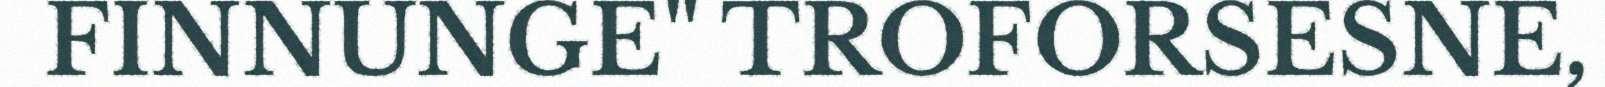
FINNUNGE" TROFORSESNE,